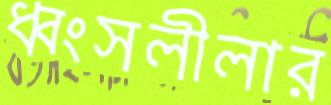
ধ্বংসলীলার